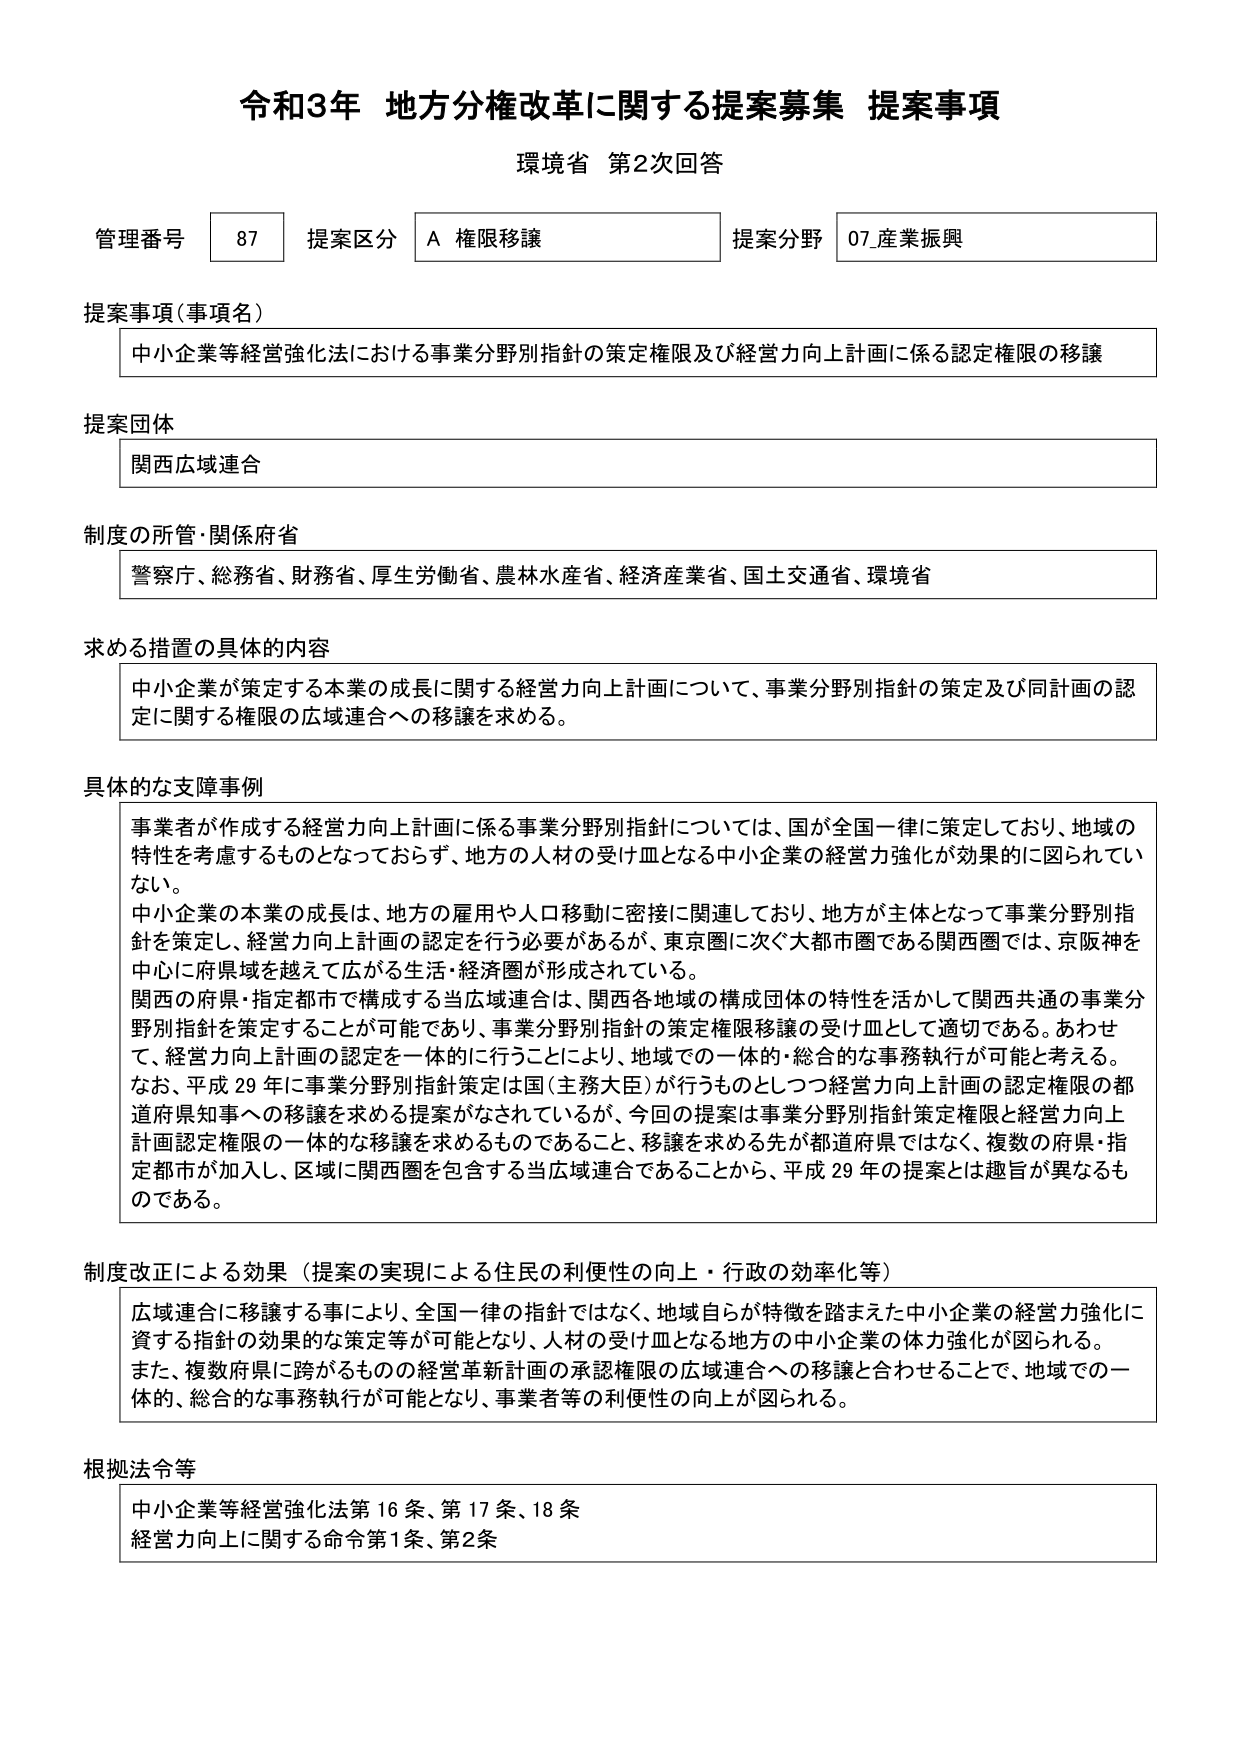
令和3年 地方分権改革に関する提案募集 提案事項
環境省 第2次回答

管理番号 87 提案区分 A 権限移譲 提案分野 07_産業振興

提案事項（事項名）
中小企業等経営強化法における事業分野別指針の策定権限及び経営力向上計画に係る認定権限の移譲

提案団体
関西広域連合

制度の所管・関係府省
警察庁、総務省、財務省、厚生労働省、農林水産省、経済産業省、国土交通省、環境省

求める措置の具体的内容
中小企業が策定する本業の成長に関する経営力向上計画について、事業分野別指針の策定及び同計画の認定に関する権限の広域連合への移譲を求める。

具体的な支障事例
事業者が作成する経営力向上計画に係る事業分野別指針については、国が全国一律に策定しており、地域の特性を考慮するものとなっておらず、地方の人材の受け皿となる中小企業の経営力強化が効果的に図られていない。
中小企業の本業の成長は、地方の雇用や人口移動に密接に関連しており、地方が主体となって事業分野別指針を策定し、経営力向上計画の認定を行う必要があるが、東京圏に次ぐ大都市圏である関西圏では、京阪神を中心に府県域を越えて広がる生活・経済圏が形成されている。
関西の府県・指定都市で構成する当広域連合は、関西各地域の構成団体の特性を活かして関西共通の事業分野別指針を策定することが可能であり、事業分野別指針の策定権限移譲の受け皿として適切である。あわせて、経営力向上計画の認定を一体的に行うことにより、地域での一体的・総合的な事務執行が可能と考える。
なお、平成29年に事業分野別指針策定は国（主務大臣）が行うものとしてつ経営力向上計画の認定権限の都道府県知事への移譲を求める提案がなされているが、今回の提案は事業分野別指針策定権限と経営力向上計画認定権限の一体的な移譲を求めるものであること、移譲を求める先が都道府県ではなく、複数の府県・指定都市が加入し、区域に関西圏を包含する当広域連合であることから、平成29年の提案とは趣旨が異なるものである。

制度改正による効果（提案の実現による住民の利便性の向上・行政の効率化等）
広域連合に移譲する事により、全国一律の指針ではなく、地域自らが特徴を踏まえた中小企業の経営力強化に資する指針の効果的な策定等が可能となり、人材の受け皿となる地方の中小企業の体力強化が図られる。
また、複数府県に跨がるものの中の経営革新計画の承認権限の広域連合への移譲と合わせることで、地域での一体的、総合的な事務執行が可能となり、事業者等の利便性の向上が図られる。

根拠法令等
中小企業等経営強化法第16条、第17条、18条
経営力向上に関する命令第1条、第2条